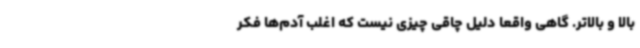
بالا و بالاتر. گاهی واقعاً دلیل چاقی چیزی نیست که اغلب آدم‌ها فکر